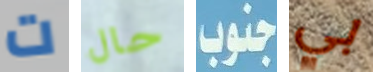
ت حال جنوب بي